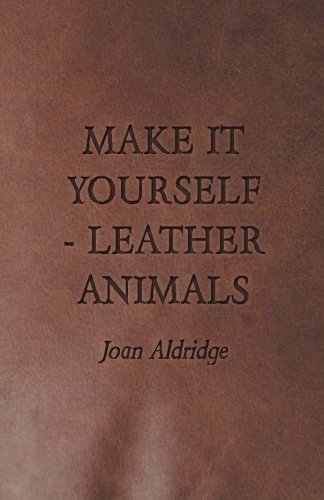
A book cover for Make it Yourself - Leather Animals; Joan Aldridge; Crafts, Hobbies & Home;